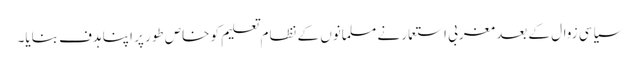
سیاسی زوال کے بعد مغربی استعمار نے مسلمانوں کے نظام تعلیم کو خاص طور پر اپنا ہدف بنایا۔